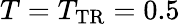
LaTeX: T=T_{\mathrm{TR}}=0.5